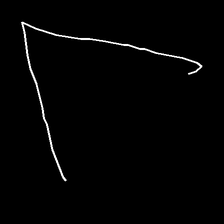
Glyph: region